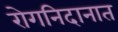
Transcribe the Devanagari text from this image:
रोगनिदानात